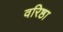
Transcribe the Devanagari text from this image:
वरिष्ठा